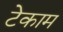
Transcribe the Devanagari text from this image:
टेकाम